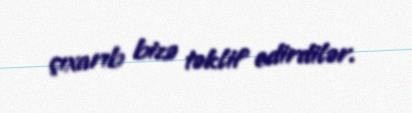
çıxarıb bizə təklif edirdilər.